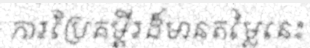
ការប្រែគម្ពីរដ៏មានតម្លៃនេះ